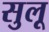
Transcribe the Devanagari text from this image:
सुलू